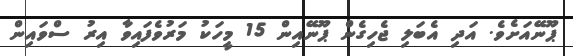
ޕޫނޭއަށެވެ. އަދި އެބަލި ޖެހިގެން ޕޫނޭއިން 15 މީހަކު މަރުވެފައިވާ އިރު ސްވައިން